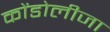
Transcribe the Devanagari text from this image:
कोंडोलीजा